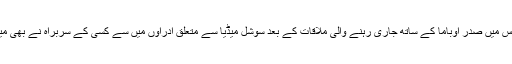
\'\'تاہم دو گھنٹے تک وائٹ ہاوس میں صدر اوباما کے ساتھ جاری رہنے والی ملاقات کے بعد سوشل میڈیا سے متعلق ادراوں میں سے کسی کے سربراہ نے بھی میڈیا کے ساتھ بات نہیں کی ہے۔